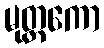
မုတ္တကော